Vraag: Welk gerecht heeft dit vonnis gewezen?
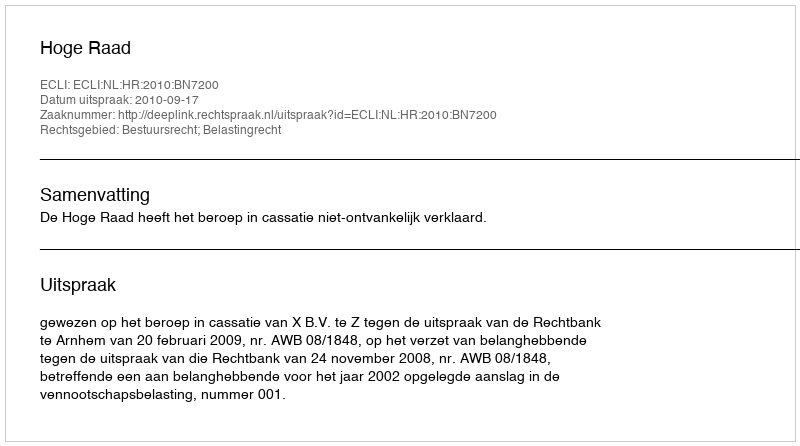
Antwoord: Hoge Raad